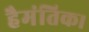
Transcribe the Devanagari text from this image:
हैमंतिक।